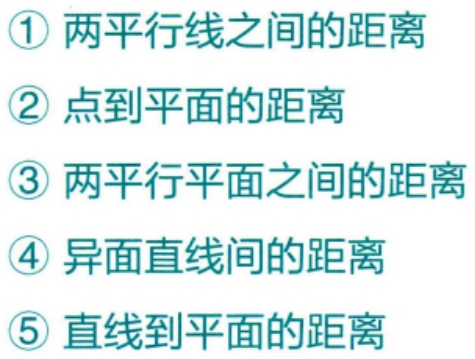
\begin{enumerate}
\item 两平行线之间的距离
\item 点到平面的距离
\item 两平行平面之间的距离
\item 异面直线间的距离
\item 直线到平面的距离
\end{enumerate}